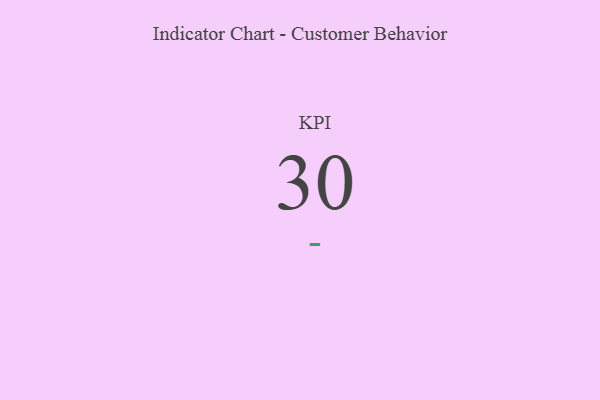
{"axis": {"x": "KPI", "y": "Value"}, "legend": [""], "data": [{"x": "KPI", "y": 30, "type": ""}]}